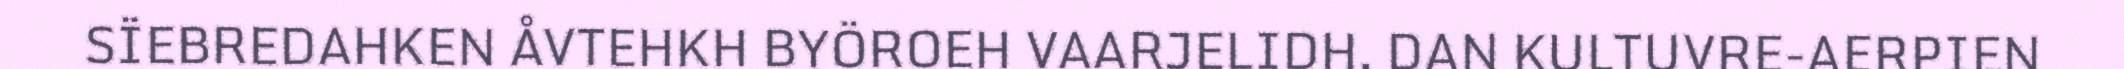
SÏEBREDAHKEN ÅVTEHKH BYÖROEH VAARJELIDH. DAN KULTUVRE-AERPIEN